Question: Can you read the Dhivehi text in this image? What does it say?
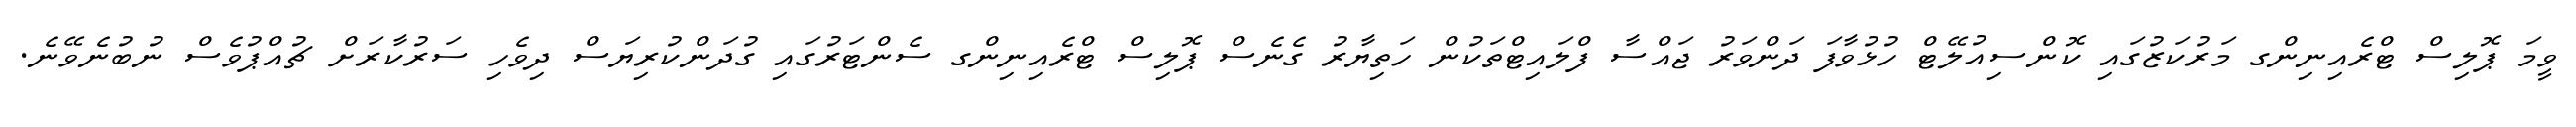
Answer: ވީމަ ޕޮލިސް ޓްރެއިނިންގ މަރުކަޒުގައި ކޮންސިއުލޭޓް ހުޅުވާފަ ދަންވަރު ޖައްސާ ފްލައިޓްތަކުން ހަތިޔާރު ގެނެސް ޕޮލިސް ޓްރެއިނިންގ ސެންޓަރުގައި ގުދަންކުރިޔަސް ދިވެހި ސަރުކާރަށް ޗުއްޕުވެސް ނުބުނެވޭނެ.